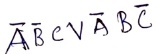
Text: ABCVABC